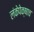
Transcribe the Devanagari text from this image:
लंकेपेक्षाच